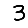
Digit: 3